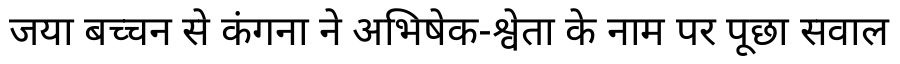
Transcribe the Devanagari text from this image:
जया बच्चन से कंगना ने अभिषेक-श्वेता के नाम पर पूछा सवाल